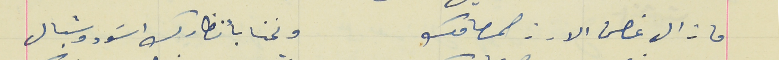
ما زال غصن الارز صمامك                                     ونحنا بانظارك اسَود وشبال